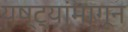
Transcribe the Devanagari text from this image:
यष्ट्यांमागून